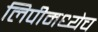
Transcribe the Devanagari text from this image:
लिपीमध्येच